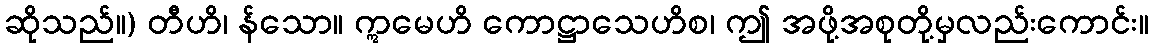
ဆိုသည်။) တီဟိ၊ န်သော။ ဣမေဟိ ကောဋ္ဌာသေဟိစ၊ ဤ အဖို့အစုတို့မှလည်းကောင်း။